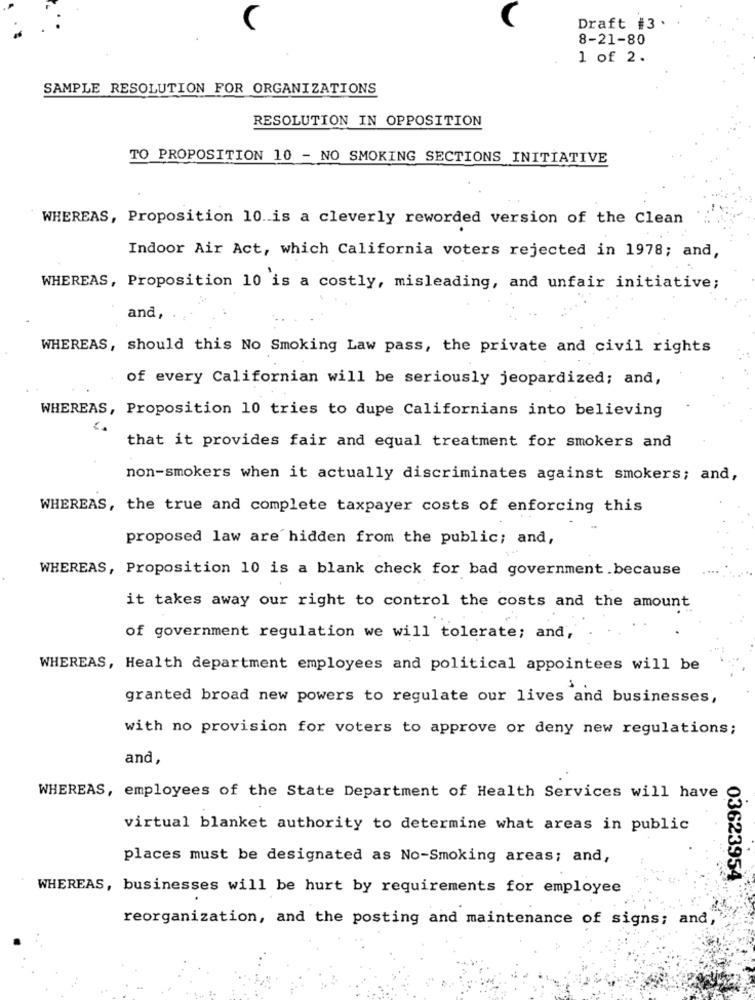
Draft #3.
8-21-80
1 of 2.
SAMPLE RESOLUTION FOR ORGANIZATIONS
RESOLUTION IN OPPOSITION
TO PROPOSITION 10 - NO SMOKING SECTIONS INITIATIVE
WHEREAS, Proposition 10. is a cleverly reworded version of the Clean
Indoor Air Act, which California voters rejected in 1978; and,
WHEREAS, Proposition 10 is a costly, misleading, and unfair initiative;
and,
WHEREAS, should this No Smoking Law pass, the private and civil rights
of every Californian will be seriously jeopardized; and,
WHEREAS, Proposition 10 tries to dupe Californians into believing
that it provides fair and equal treatment for smokers and
non-smokers when it actually discriminates against smokers; and,
WHEREAS, the true and complete taxpayer costs of enforcing this
proposed law are hidden from the public; and,
WHEREAS, Proposition 10 is a blank check for bad government .because
it takes away our right to control the costs and the amount
of government regulation we will tolerate; and,
WHEREAS, Health department employees and political appointees will be
granted broad new powers to regulate our lives and businesses,
with no provision for voters to approve or deny new regulations;
and,
WHEREAS, employees of the State Department of Health Services will have
virtual blanket authority to determine what areas in public
places must be designated as No-Smoking areas; and,
03623954
WHEREAS, businesses will be hurt by requirements for employee
reorganization, and the posting and maintenance of signs; and,